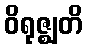
ဝိရုဇ္ဈတိ